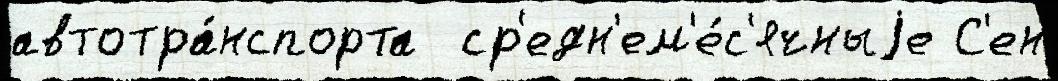
автотра́нспорта  ср'едн'ем'е́с'ячныjе С'ен